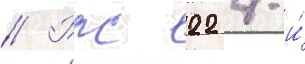
// Рлс 22 4-и́